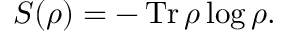
S ( \rho ) = - \operatorname { T r } \rho \log \rho .